system: You are a helpful assistant.
user:
Analyze the provided spectrum to determine if it is a **M-type Giant (gM)**.

A M-type Giant spectrum is defined by its **strong molecular absorption** features, particularly from **Titanium Oxide (TiO)**. You must check for one of the following mutually exclusive signatures:

- **Key Visual Indicators (Absorption-Dominated Spectrum):**

    - **(Primary):** The spectrum is dominated by strong molecular absorption from **Titanium Oxide (TiO)**. This is the **defining feature** of its M-type temperature class.
        - **(Key Bandheads):** Look for sharp, "saw-tooth" absorption valleys. The strongest are located near **~7050 Å**, **~6160 Å**, and **~5170 Å**.
        - **(Line Profile):** The "saw-tooth" morphology is critical: a **sharp, steep drop on the BLUE (short-wavelength) side** of the bandhead, followed by a gradual recovery (rising flux) towards the RED (long-wavelength) side.

    - **(Key Confirmation - Giant vs. Dwarf):** **ABSENCE** of strong **Calcium Hydride (CaH)** molecular bands. This is the primary diagnostic for *excluding* M-dwarfs.
        - **(Key Region):** The spectrum should lack the strong, broad absorption band seen in dwarfs between **~6800 Å and ~7000 Å**.

    - **(Secondary Confirmation - Giant):** A very strong and broad **Neutral Calcium (Ca I)** atomic absorption line.
        - **(Key Line):** Located at **~4226 Å**. In a giant (gM), this line is significantly deeper and broader than the same line in an M-dwarf (dM) due to low surface gravity.

    - **(Overall Spectrum):**
        - The continuum is **extremely red-sloping** (i.e., flux is very low in the blue and rises dramatically towards the red).
        - The entire spectrum appears "chopped up" by the deep TiO bands.

Think first, call **spectral_visualization_tool** if needed to examine features in detail, then provide your final answer. Your response must adhere to the following strict rules:
1.  **Overall Structure:** Your response must follow the format `<think>...</think> <tool_call>...</tool_call> (if a tool is used) <answer>...</answer>`.
2.  **Tool Usage Constraint:** You may only make **one** tool call per turn.
3.  **Final Answer Format:** In the `<answer>` tag, your conclusion must be inside a `\boxed{}` command (e.g., `\boxed{YES}` or `\boxed{NO}`), followed by your justification.

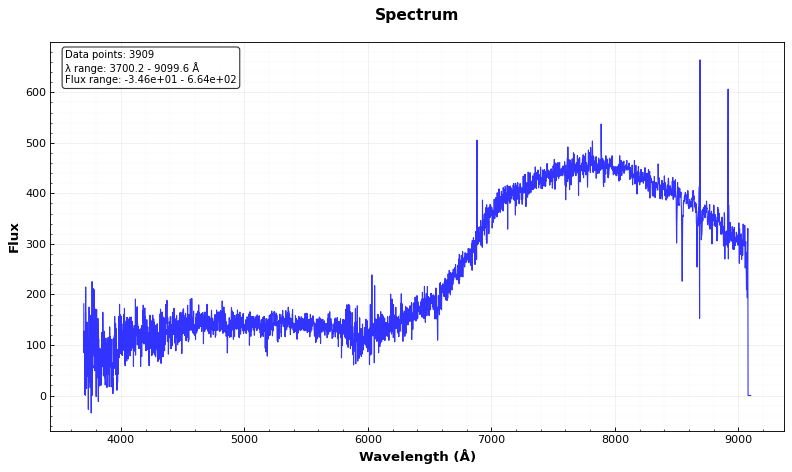
Answer: NO